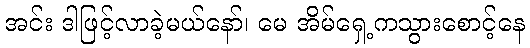
အင်း ဒါဖြင့်လာခဲ့မယ်နော်၊ မေ အိမ်ရှေ့ကသွားစောင့်နေ